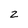
Character: 2